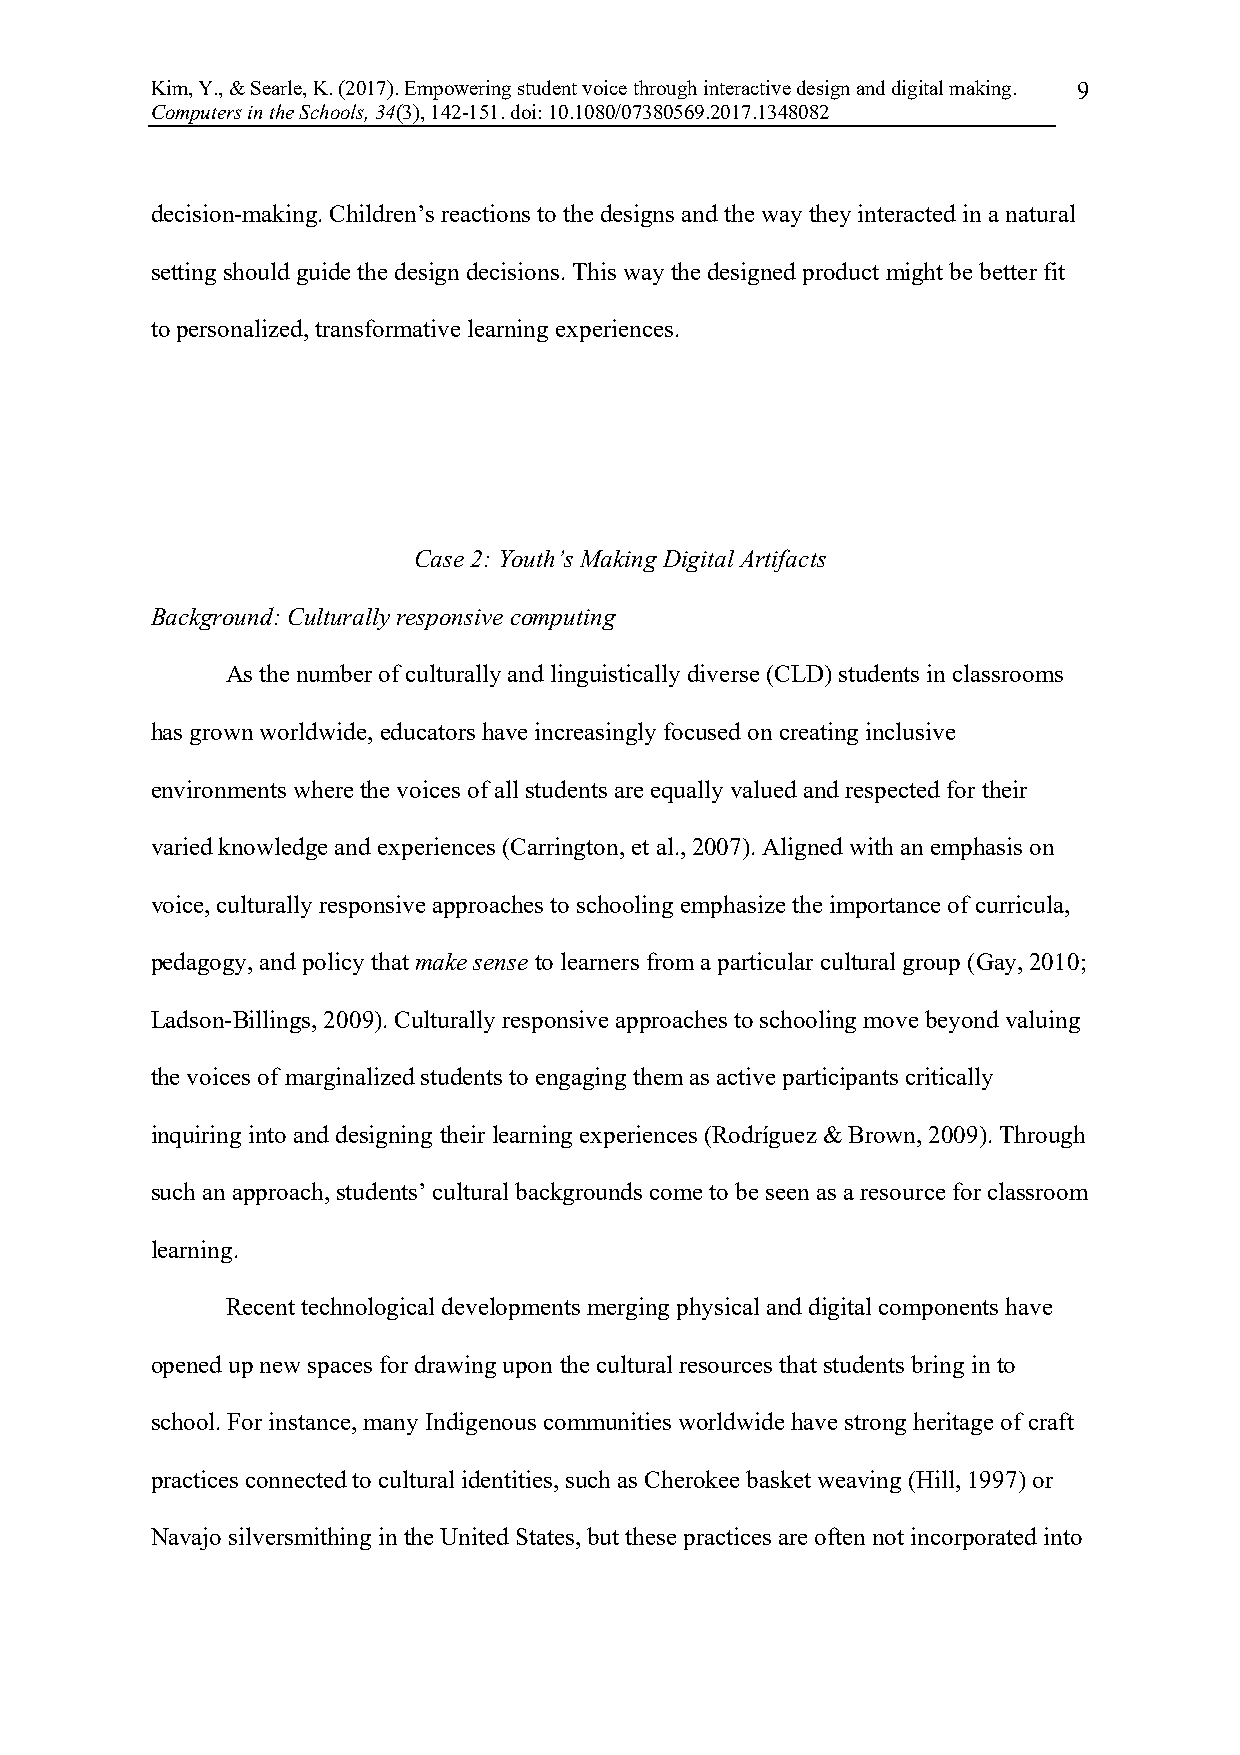
Kim, Y., & Searle, K. (2017). Empowering student voice through interactive design and digital making. 9
 Computers in the Schools, 34(3), 142-151. doi: 10.1080/07380569.2017.1348082
 decision-making. Children’s reactions to the designs and the way they interacted in a natural
 setting should guide the design decisions. This way the designed product might be better fit
 to personalized, transformative learning experiences.
 Case 2: Youth’s Making Digital Artifacts
 Background: Culturally responsive computing
 As the number of culturally and linguistically diverse (CLD) students in classrooms
 has grown worldwide, educators have increasingly focused on creating inclusive
 environments where the voices of all students are equally valued and respected for their
 varied knowledge and experiences (Carrington, et al., 2007). Aligned with an emphasis on
 voice, culturally responsive approaches to schooling emphasize the importance of curricula,
 pedagogy, and policy that make sense to learners from a particular cultural group (Gay, 2010;
 Ladson-Billings, 2009). Culturally responsive approaches to schooling move beyond valuing
 the voices of marginalized students to engaging them as active participants critically
 inquiring into and designing their learning experiences (Rodríguez & Brown, 2009). Through
 such an approach, students’ cultural backgrounds come to be seen as a resource for classroom
 learning.
 Recent technological developments merging physical and digital components have
 opened up new spaces for drawing upon the cultural resources that students bring in to
 school. For instance, many Indigenous communities worldwide have strong heritage of craft
 practices connected to cultural identities, such as Cherokee basket weaving (Hill, 1997) or
 Navajo silversmithing in the United States, but these practices are often not incorporated into